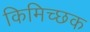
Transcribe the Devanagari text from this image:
किमिच्छक